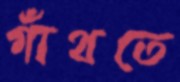
গাঁথতে